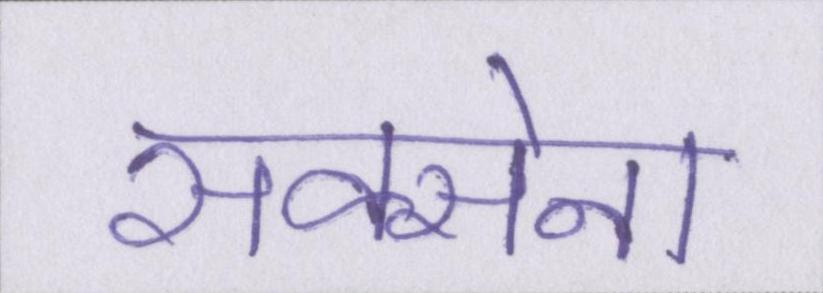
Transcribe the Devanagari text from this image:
सक्सेना